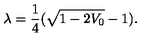
\lambda = { \frac { 1 } { 4 } } ( \sqrt { 1 - 2 V _ { 0 } } - 1 ) .